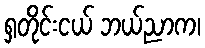
ရှတိုင်းငယ် ဘယ်ညာက၊